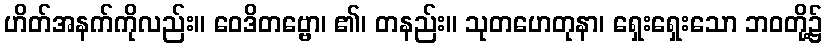
ဟိတ်အနက်ကိုလည်း။ ဝေဒိတဗ္ဗော၊ ၏၊ တနည်း။ သုတဟေတုနာ၊ ရှေးရှေးသော ဘဝတို့၌